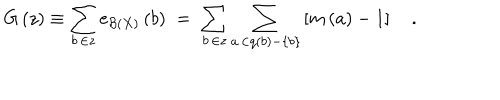
G \left( z \right) \equiv \sum _ { b \, \in z } e _ { { \cal B } \left( X \right) } \left( b \right) \; = \; \sum _ { b \, \in z } \sum _ { a \, \in q \left( b \right) - \left\{ b \right\} } \left[ m \left( a \right) - 1 \right] \quad .